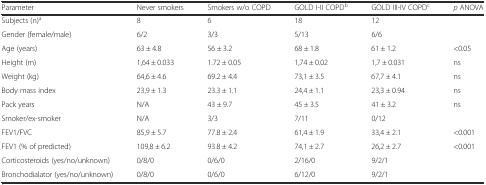
<table><thead><tr><td><b>Parameter</b></td><td><b>Never smokers</b></td><td><b>Smokers w/o COPD</b></td><td><b>GOLD I-II COPD<sup>b</sup></b></td><td><b>GOLD III-IV COPD<sup>c</sup></b></td><td><b><i>p</i> ANOVA</b></td></tr></thead><tbody><tr><td>Subjects (n)<sup>a</sup></td><td>8</td><td>6</td><td>18</td><td>12</td><td></td></tr><tr><td>Gender (female/male)</td><td>6/2</td><td>3/3</td><td>5/13</td><td>6/6</td><td></td></tr><tr><td>Age (years)</td><td>63 ± 4.8</td><td>56 ± 3.2</td><td>68 ± 1.8</td><td>61 ± 1.2</td><td>&lt;0.05</td></tr><tr><td>Height (m)</td><td>1,64 ± 0.033</td><td>1.72 ± 0.05</td><td>1,74 ± 0.02</td><td>1,7 ± 0.031</td><td>ns</td></tr><tr><td>Weight (kg)</td><td>64,6 ± 4.6</td><td>69.2 ± 4.4</td><td>73,1 ± 3.5</td><td>67,7 ± 4.1</td><td>ns</td></tr><tr><td>Body mass index</td><td>23,9 ± 1.3</td><td>23.3 ± 1.1</td><td>24,4 ± 1.1</td><td>23,3 ± 0.94</td><td>ns</td></tr><tr><td>Pack years</td><td>N/A</td><td>43 ± 9.7</td><td>45 ± 3.5</td><td>41 ± 3.2</td><td>ns</td></tr><tr><td>Smoker/ex-smoker</td><td>N/A</td><td>3/3</td><td>7/11</td><td>0/12</td><td></td></tr><tr><td>FEV1/FVC</td><td>85,9 ± 5.7</td><td>77.8 ± 2.4</td><td>61,4 ± 1.9</td><td>33,4 ± 2.1</td><td>&lt;0.001</td></tr><tr><td>FEV1 (% of predicted)</td><td>109,8 ± 6.2</td><td>93.8 ± 4.2</td><td>74,1 ± 2.7</td><td>26,2 ± 2.7</td><td>&lt;0.001</td></tr><tr><td>Corticosteroids (yes/no/unknown)</td><td>0/8/0</td><td>0/6/0</td><td>2/16/0</td><td>9/2/1</td><td></td></tr><tr><td>Bronchodialator (yes/no/unknown)</td><td>0/8/0</td><td>0/6/0</td><td>6/12/0</td><td>9/2/1</td><td></td></tr></tbody></table>